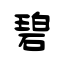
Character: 碧